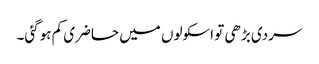
سردی بڑھی تو اسکولوں میں حاضری کم ہوگئی۔